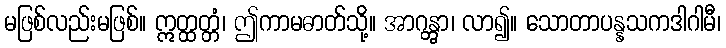
မဖြစ်လည်းမဖြစ်။ ဣတ္ထတ္တံ၊ ဤကာမဓာတ်သို့။ အာဂန္တွာ၊ လာ၍။ သောတာပန္နသကဒါဂါမီ၊